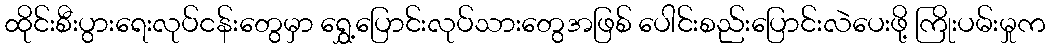
ထိုင်းစီးပွားရေးလုပ်ငန်းတွေမှာ ရွှေ့ပြောင်းလုပ်သားတွေအဖြစ် ပေါင်းစည်းပြောင်းလဲပေးဖို့ ကြိုးပမ်းမှုက